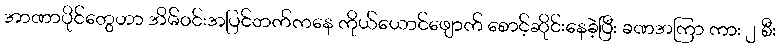
အာဏာပိုင်တွေဟာ အိမ်ဝင်းအပြင်ဘက်ကနေ ကိုယ်ယောင်ဖျောက် စောင့်ဆိုင်းနေခဲ့ပြီး ခဏအကြာ ကား ၂ စီး